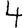
Digit: 4